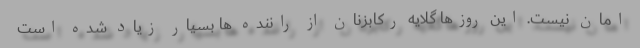
امان نیست. این روزها گلایه رکابزنان از راننده ها بسیار زیاد شده است